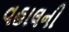
વહાલની